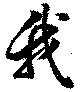
我